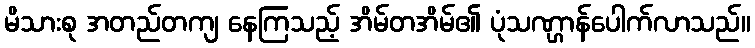
မိသားစု အတည်တကျ နေကြသည့် အိမ်တအိမ်၏ ပုံသဏ္ဌာန်ပေါက်လာသည်။